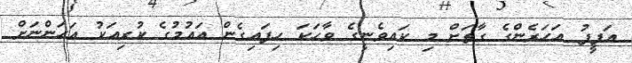
އަފީފު އަހަރެންގެ ގާތަށް މި ކައިވެނީގެ ވާހަކަ ހިފައިގެން އައުމުގެ ކުރިއަކު އަހަންނަށް